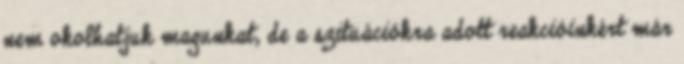
nem okolhatjuk magunkat, de a szituációkra adott reakcióinkért már